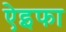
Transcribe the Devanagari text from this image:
ऐइफा